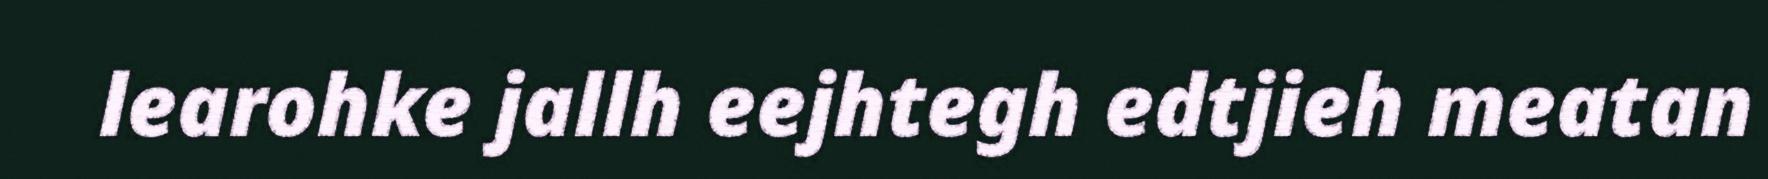
learohke jallh eejhtegh edtjieh meatan